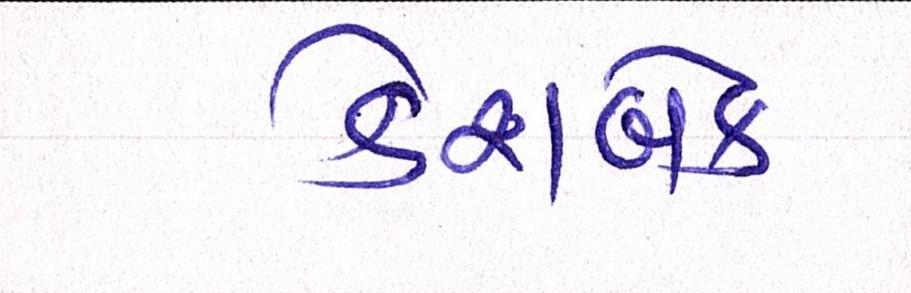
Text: કેશબેક